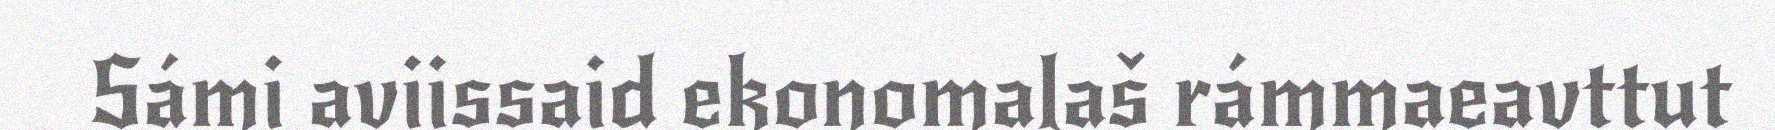
Sámi aviissaid ekonomalaš rámmaeavttut